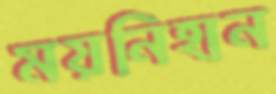
ময়নিহান